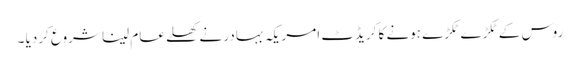
روس کے ٹکڑے ٹکڑے ہونے کا کریڈٹ امریکہ بہادر نے کھلے عام لینا شروع کردیا ۔